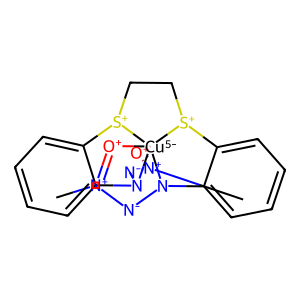
SMILES: C[N+]1=[O+][Cu-5]2345[O+]=[N+](C)[N-]N2c2ccccc2[S+]3CC[S+]4c2ccccc2N5[N-]1
Inhibits HIV replication: No